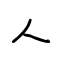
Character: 人